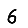
Digit: 6